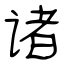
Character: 诸